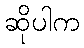
ဆိုပါက